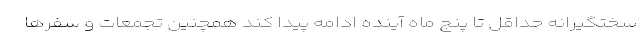
سختگیرانه حداقل تا پنج ماه آینده ادامه پیدا کند همچنین تجمعات و سفرها